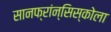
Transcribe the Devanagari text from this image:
सानफ्रांन्सिस्कोला